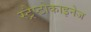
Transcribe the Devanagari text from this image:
स्ट्रैप्टोकाइनेज